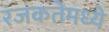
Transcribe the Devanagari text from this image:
रंजकतेमध्ये